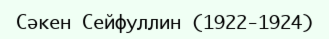
Сәкен Сейфуллин (1922-1924)